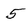
Character: 5